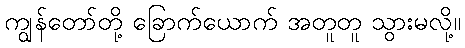
ကျွန်တော်တို့ ခြောက်ယောက် အတူတူ သွားမလို့။